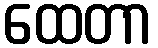
ထေတာ